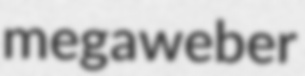
megaweber